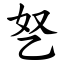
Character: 㐐